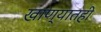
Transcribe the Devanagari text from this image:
खाण्यातही